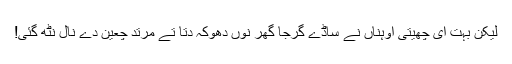
لیکن بہت ای چھیتی اُوہناں نے ساڈے گرجا گھر نوں دھوکہ دِتا تے مُرتد چعین دے نال نٹھ گئی!